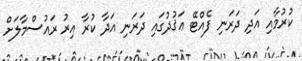
ކުރުމާއި އަދި ދަރަނި ފެއްޓޭ ޢަޤުދުގައި ދަރަނި އަދާ ކުރާ އިރު ރައުސްމާލަށް